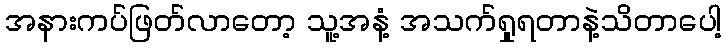
အနားကပ်ဖြတ်လာတော့ သူ့အနံ့ အသက်ရှုရတာနဲ့သိတာပေါ့